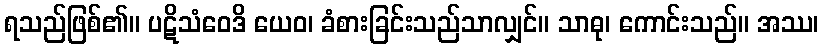
ရသည်ဖြစ်၏။ ပဋိသံဝေဒိ ယေဝ၊ ခံစားခြင်းသည်သာလျှင်။ သာဓု၊ ကောင်းသည်။ အဿ၊